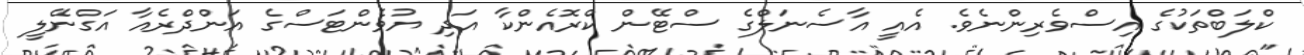
ކްލަބްތަކުގެ އިސްވެރިންނެވެ. އެއީ އާސެނަލްގެ ސްޓޭން ކްރޮއެންކާ އަދި ޔުވެންޓަސްގެ އަންދްރެއާ އަގްނޭލީ